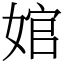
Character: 婠